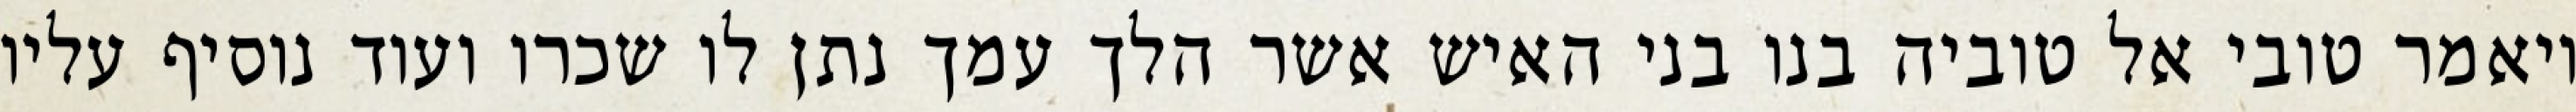
ויאמר טובי אל טוביה בנו בני האיש אשר הלך עמך נתן לו שכרו ועוד נוסיף עליו